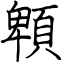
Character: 䫌